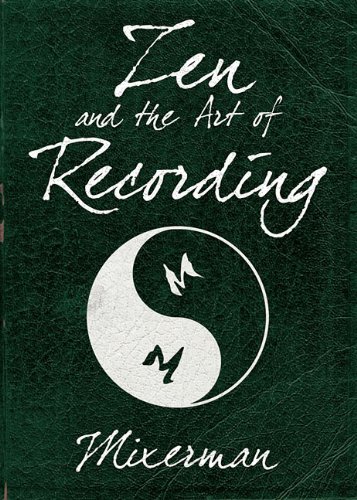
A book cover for Zen and the Art of Recording; Mixerman; Arts & Photography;